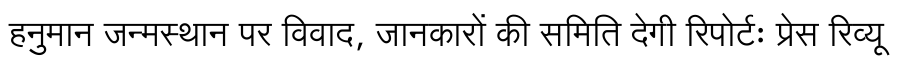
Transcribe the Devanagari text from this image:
हनुमान जन्मस्थान पर विवाद, जानकारों की समिति देगी रिपोर्टः प्रेस रिव्यू